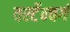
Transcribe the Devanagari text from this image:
वर्स्टेन्बर्ग